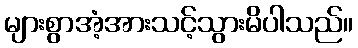
များစွာအံ့အားသင့်သွားမိပါသည်။